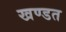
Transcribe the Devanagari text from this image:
खण्डत